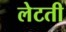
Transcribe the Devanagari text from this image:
लेटती